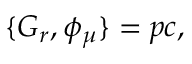
\{ G _ { r } , \phi _ { \mu } \} = p c ,